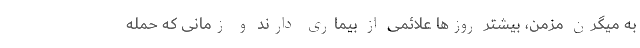
به میگرن مزمن، بیشتر روزها علائمی از بیماری دارند و زمانی که حمله